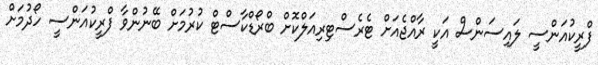
ފްރީކުއަންސީ ލައިސަންސް އަކީ ރާއްޖެއަށް ޓެރެސްޓިރިއަލްކޮށް ބްރޯޑްކާސްޓް ކުރުމަށް ބޭނުންވާ ފްރީކުއަންސީ ހޯދުމަށް